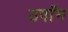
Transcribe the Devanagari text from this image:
उपाँग